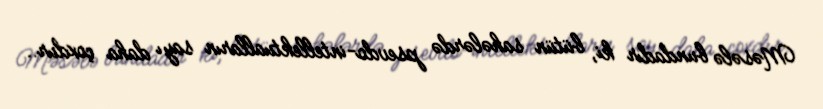
Məsələ bundadır ki, bütün sahələrdə psevdo-intellektualların sayı daha çoxdur..